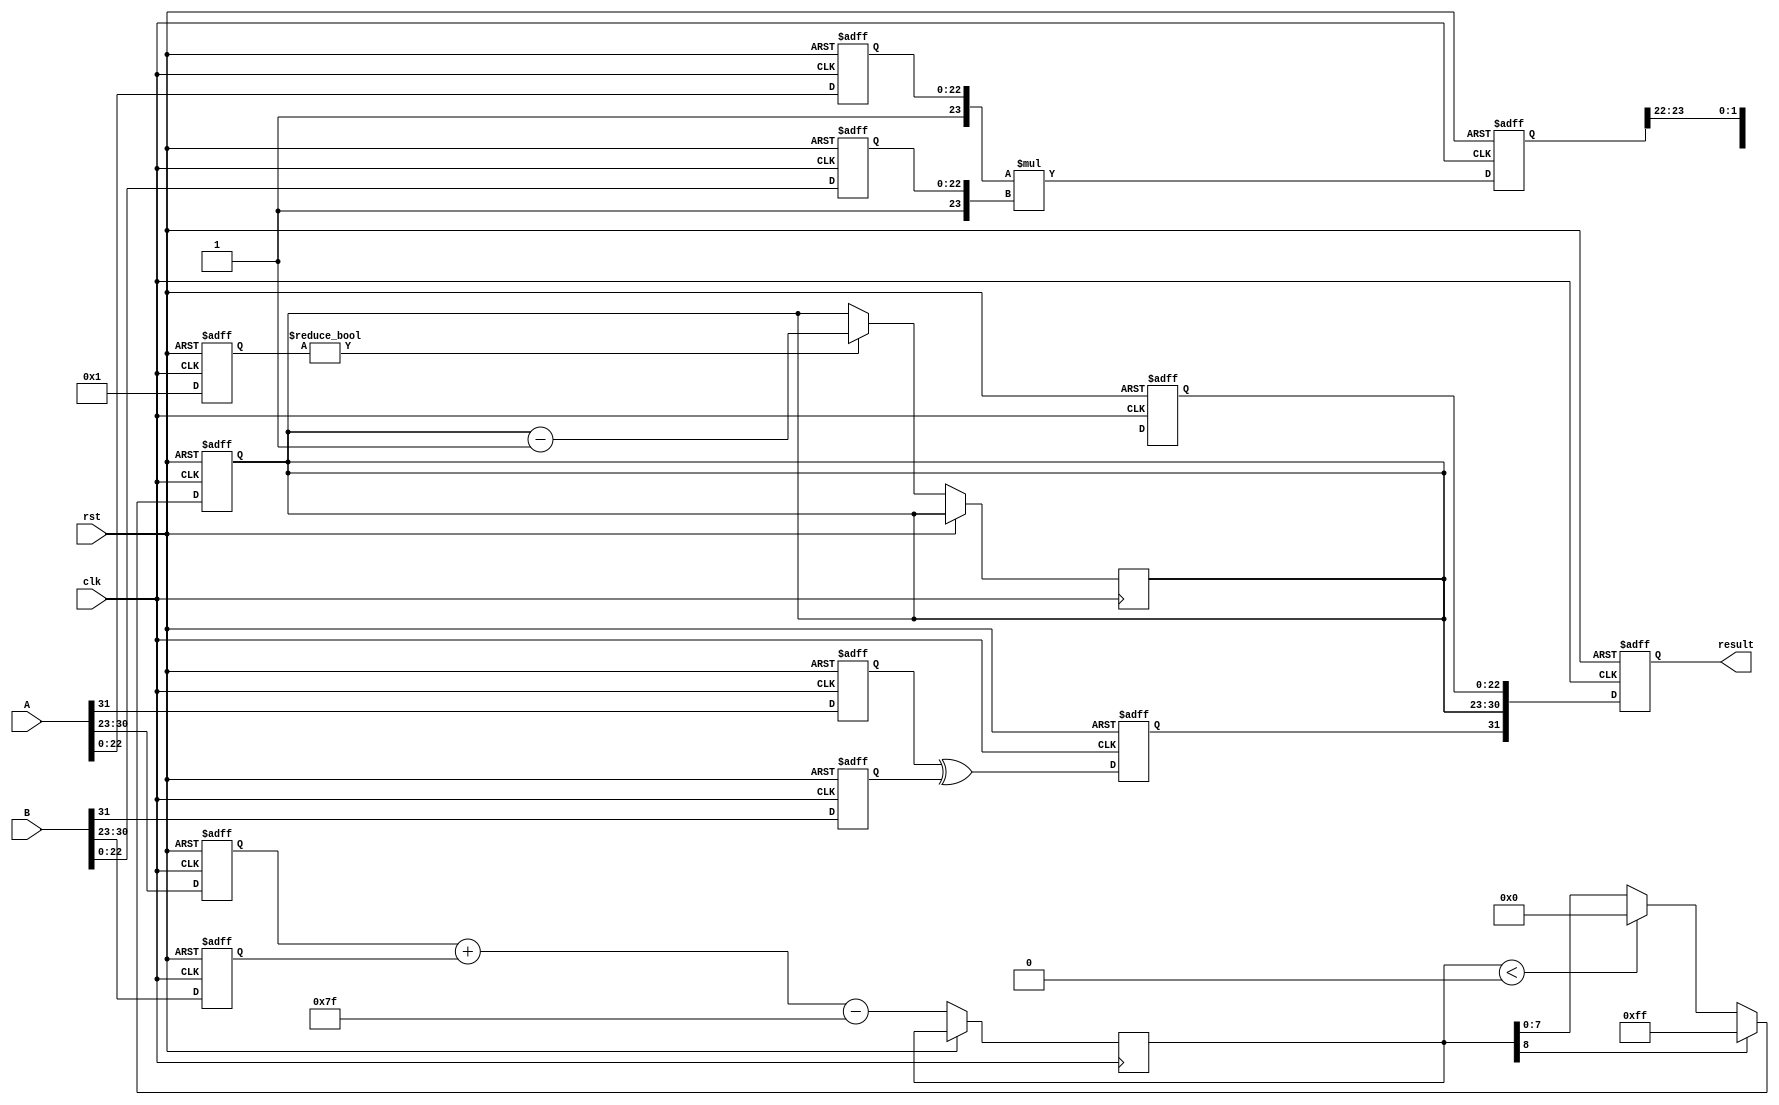
module fp_multiplier (
    input wire clk,
    input wire rst,
    input wire [31:0] A,  // Input A in IEEE 754 single-precision format
    input wire [31:0] B,  // Input B in IEEE 754 single-precision format
    output reg [31:0] result // Output result in IEEE 754 single-precision format
);

// Define internal signals
reg signA, signB, signR;
reg [7:0] expA, expB, expR;
reg [22:0] mantA, mantB, mantR;
reg [47:0] mantProd; // Increased size to hold the product of two 24-bit mantissas
reg [8:0] expSum; // Temporary register to hold exponent sum including bias
reg [23:0] mantR_norm; // Normalized mantissa including the implicit leading 1
reg [4:0] shift; // Shift amount for normalization and aligning mantissas

// Stage 1: Input Capture
always @(posedge clk or posedge rst) begin
    if (rst) begin
        signA <= 0; expA <= 0; mantA <= 0;
        signB <= 0; expB <= 0; mantB <= 0;
    end else begin
        signA <= A[31];
        expA <= A[30:23];
        mantA <= A[22:0];

        signB <= B[31];
        expB <= B[30:23];
        mantB <= B[22:0];
    end
end

// Stage 2: Sign Calculation
always @(posedge clk or posedge rst) begin
    if (rst) begin
        signR <= 0;
    end else begin
        signR <= signA ^ signB; // Sign of the result
    end
end

// Stage 3: Exponent Calculation
always @(posedge clk or posedge rst) begin
    if (rst) begin
        expR <= 0;
    end else begin
        expSum <= expA + expB - 8'd127; // Subtract bias
        if (expSum[8]) begin
            expR <= 8'd255; // Overflow: set to infinity
        end else if (expSum < 0) begin
            expR <= 0; // Underflow: set to zero
        end else begin
            expR <= expSum[7:0]; // Normal case
        end
    end
end

// Stage 4: Mantissa Calculation
always @(posedge clk or posedge rst) begin
    if (rst) begin
        mantProd <= 0;
        mantR_norm <= 0;
        shift <= 0;
    end else begin
        // Normalization: Incorporate implicit leading 1
        mantR_norm <= {1'b1, mantA} * {1'b1, mantB}; // Multiply two 24-bit mantissas

        // Determine how much to shift based on the product
        if (mantR_norm[47]) begin // If MSB is 1
            mantProd <= mantR_norm[46:23]; // No shift needed
            shift <= 0;
        end else begin // Shift right
            mantProd <= mantR_norm[45:22]; // Shift right by 1
            shift <= 1;
        end
    end
end

// Stage 5: Result Construction
always @(posedge clk or posedge rst) begin
    if (rst) begin
        result <= 0;
    end else begin
        // Adjust exponent based on shift
        if (shift) 
            expR <= expR - 1; // Adjust exponent if we shifted
        result <= {signR, expR, mantProd[22:0]}; // Combine sign, exponent, and mantissa
    end
end

endmodule